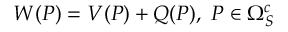
\begin{array} { r } { W ( P ) = V ( P ) + Q ( P ) , \, \, P \in \Omega _ { S } ^ { c } } \end{array}